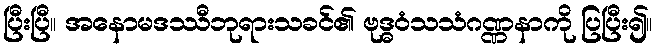
ပြီးပြီ။ အနောမဒဿီဘုရားသခင်၏ ဗုဒ္ဓဝံသသံဂဏ္ဏနာကို ပြပြီး၍။